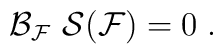
\mathcal{B}_{\mathcal{F}}\ \mathcal{S(F)=}\;0\;.